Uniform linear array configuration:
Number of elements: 4
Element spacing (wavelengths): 0.75
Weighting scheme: exponential
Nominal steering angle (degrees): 30
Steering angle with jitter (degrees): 29.962
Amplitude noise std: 0.05
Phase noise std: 0.05

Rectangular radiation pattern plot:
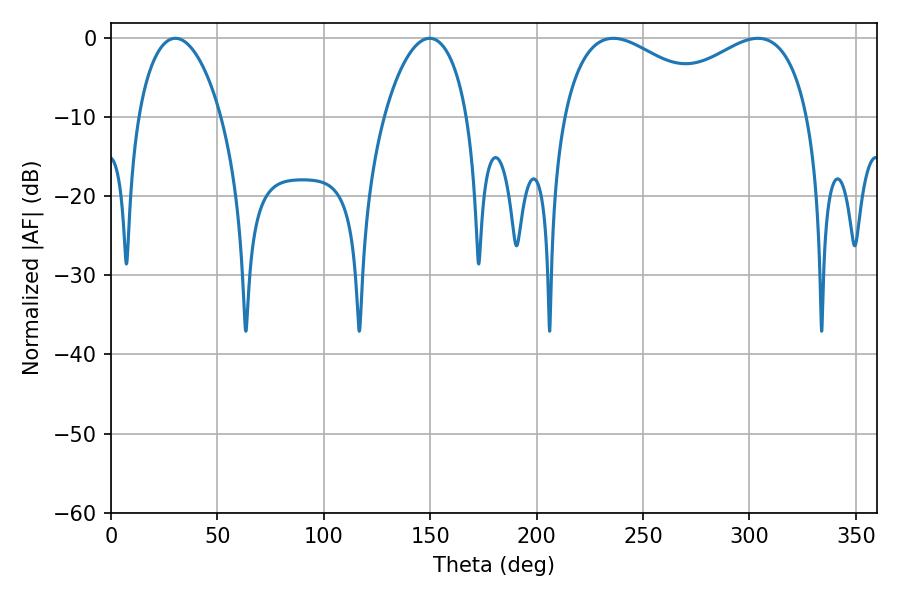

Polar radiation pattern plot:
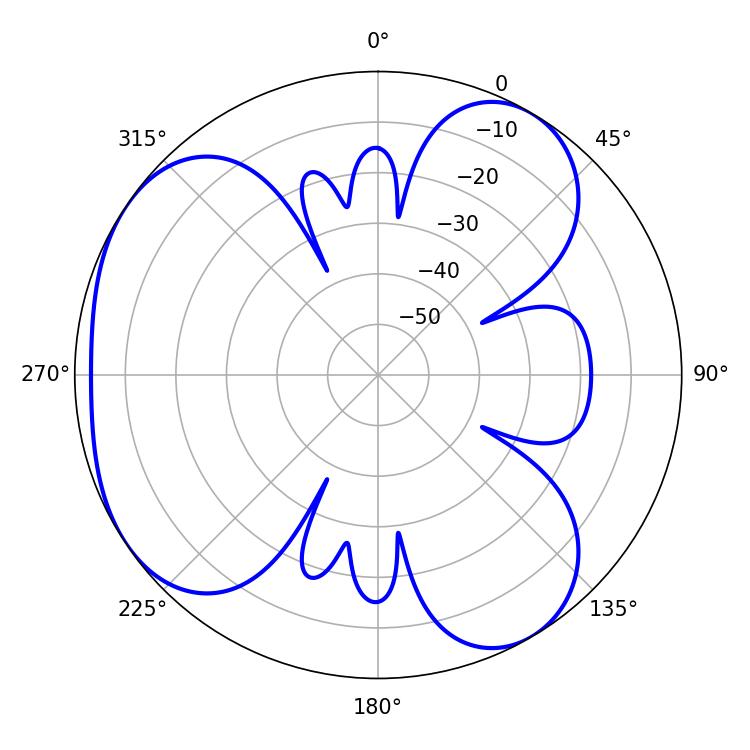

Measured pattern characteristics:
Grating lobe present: TRUE
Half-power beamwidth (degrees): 22.14
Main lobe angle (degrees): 30.24